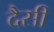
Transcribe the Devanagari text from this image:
दैसी